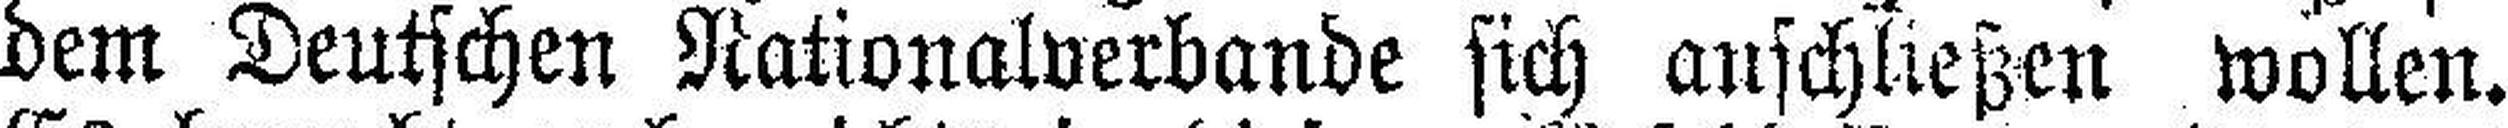
dem Deutschen Nationalverbande sich anschließen wollen.